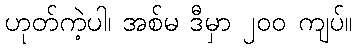
ဟုတ်ကဲ့ပါ၊ အစ်မ ဒီမှာ ၂၀၀ ကျပ်။